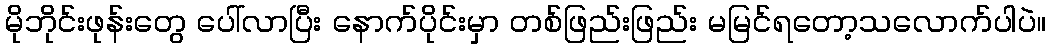
မိုဘိုင်းဖုန်းတွေ ပေါ်လာပြီး နောက်ပိုင်းမှာ တစ်ဖြည်းဖြည်း မမြင်ရတော့သလောက်ပါပဲ။